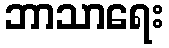
ဘာသာရေး